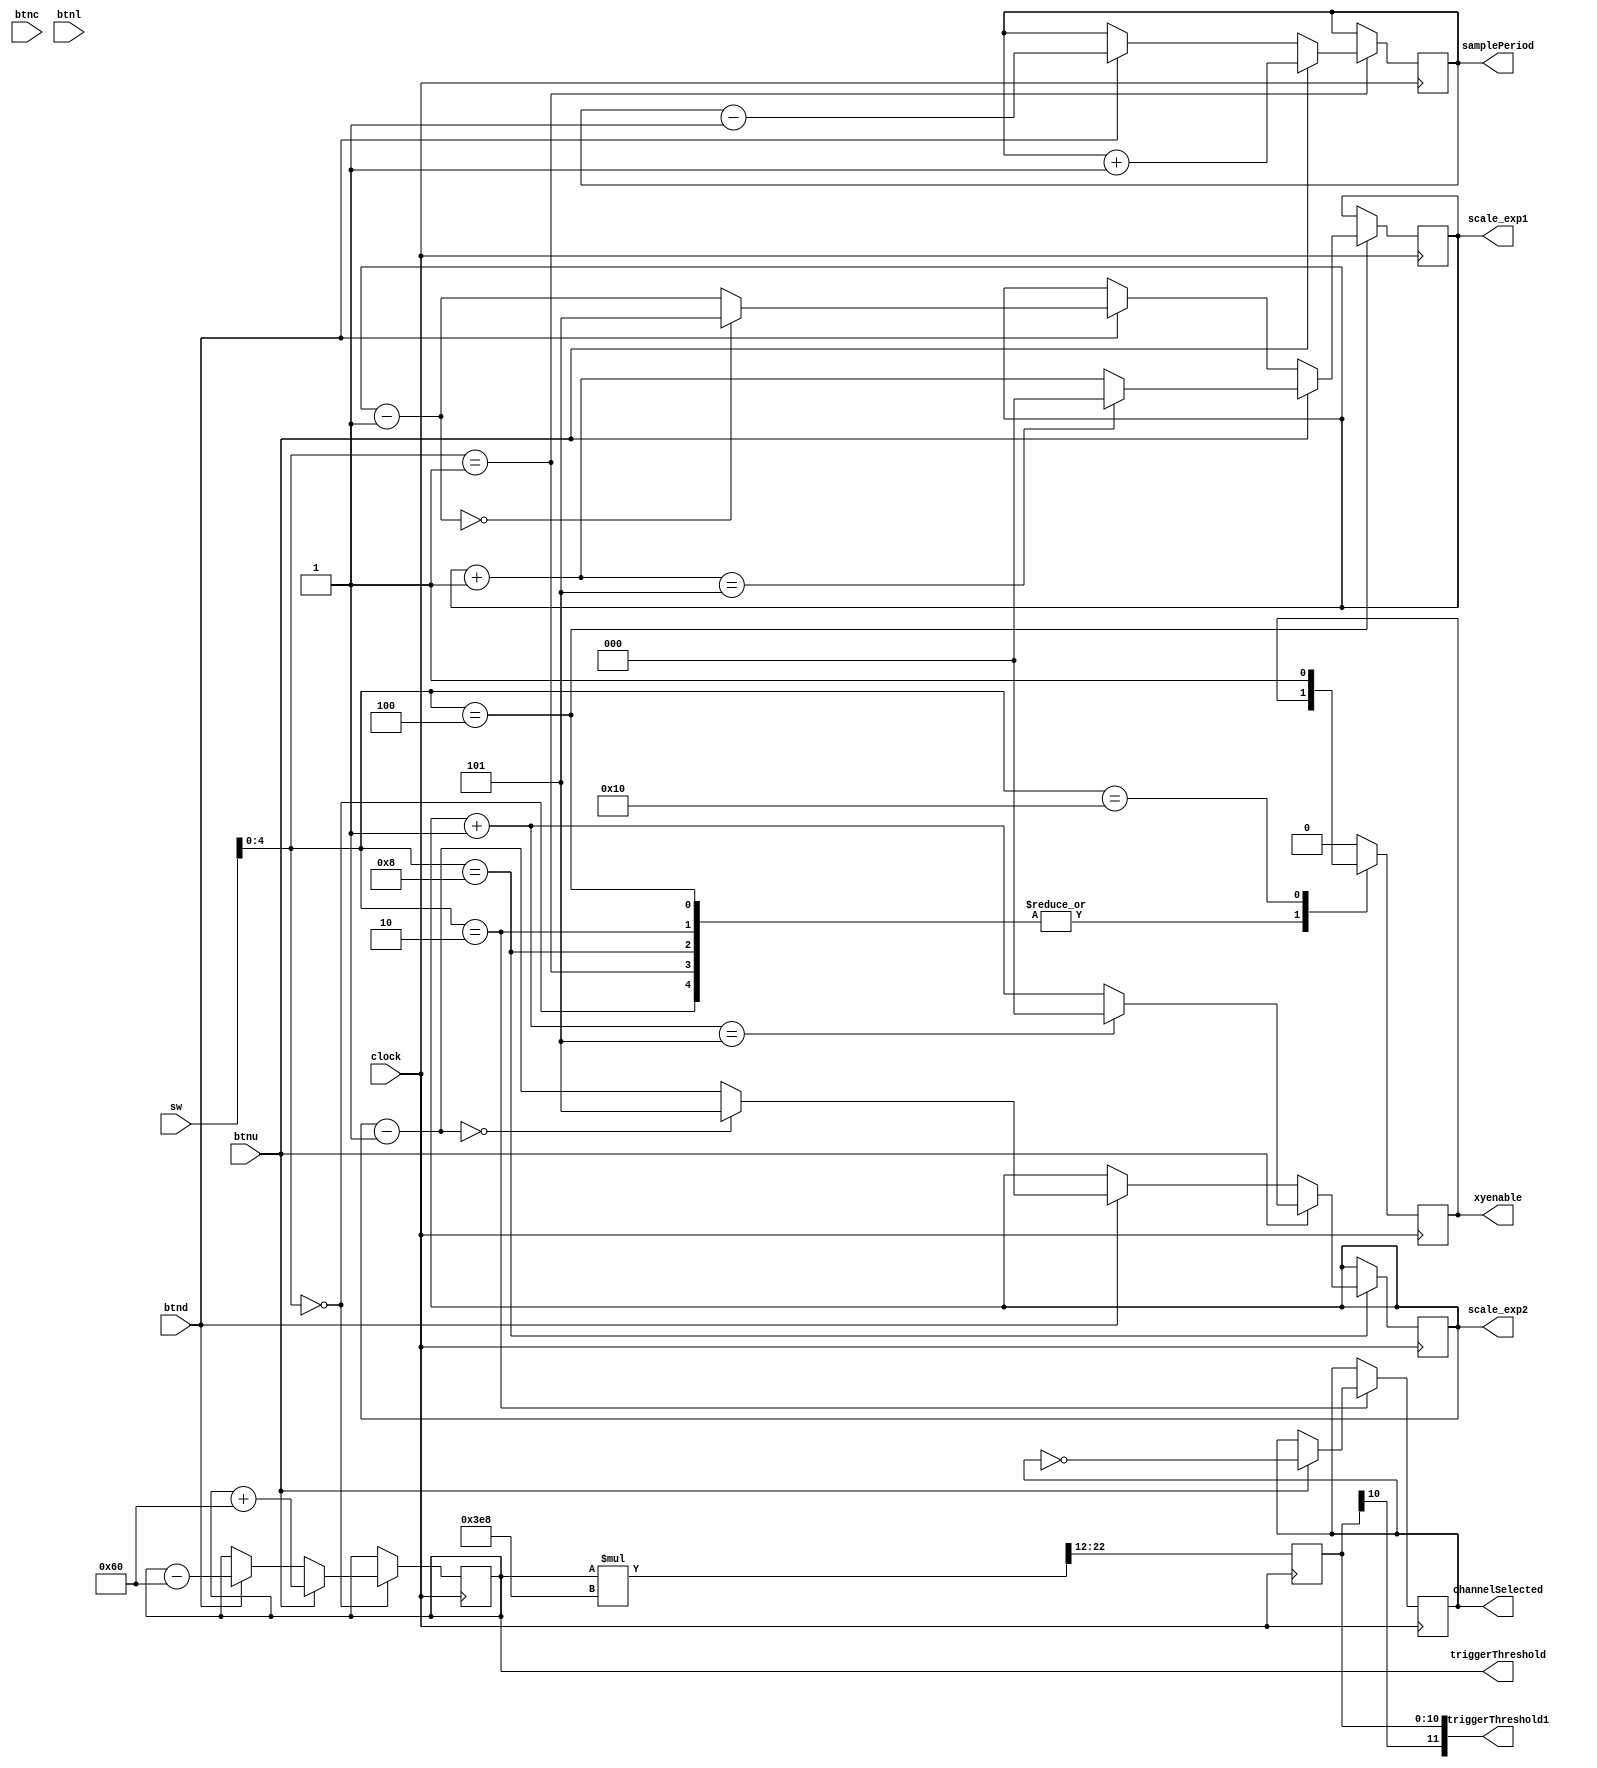
`timescale 1ns / 1ps

module basicsetting#(parameter DATA_BITS = 12,
                               SAMPLE_PERIOD_BITS = 6,
                               TRIGGER_THRESHOLD_ADJUST = 3 << (DATA_BITS - 7),
                               SCALE_EXPONENT_BITS = 4)
                    (input clock,
                     input [15:0] sw,
                     input btnu, input btnd, input btnc, input btnl,
                     output reg signed [DATA_BITS-1:0]triggerThreshold = 0,
                     output reg signed [DATA_BITS-1:0]triggerThreshold1 = 0,
                     output reg [SAMPLE_PERIOD_BITS-1:0]samplePeriod = 0,
                     output reg channelSelected = 0,
                     output reg [2:0]scale_exp1 = 0,
                     output reg [2:0]scale_exp2 = 0,
                     output reg xyenable = 0
                     );
    always @(posedge clock) begin
        triggerThreshold1 <=(triggerThreshold*1000)>>12;
        case (sw[4:0])
            5'b00000: 
                if (btnu) triggerThreshold <= triggerThreshold + TRIGGER_THRESHOLD_ADJUST;
                else if (btnd) triggerThreshold <= triggerThreshold - TRIGGER_THRESHOLD_ADJUST;
            5'b00001:          
                if (btnu) samplePeriod <= samplePeriod + 1;
                else if (btnd) samplePeriod <= samplePeriod - 1;
            5'b00010:            
                if (btnu) channelSelected = ~channelSelected;   
            5'b00100:
                if(btnu) begin 
                    scale_exp1=scale_exp1+1;
                    if(scale_exp1 == 4'b101)scale_exp1=0;
                end else if(btnd) begin
                    scale_exp1=scale_exp1-1;
                    if(scale_exp1 == 4'b0)scale_exp1=4'b101;
                end          
            5'b01000:
                if(btnu)begin
                    scale_exp2=scale_exp2+1;
                    if(scale_exp2 == 4'b101)scale_exp2=0;
                end else if(btnd)begin
                    scale_exp2=scale_exp2-1;
                    if(scale_exp2 == 4'b0)scale_exp2=4'b101;
                end       
            5'b10000:
                xyenable = 1;
            default:
                xyenable = 0;
        endcase  
    end   
endmodule